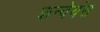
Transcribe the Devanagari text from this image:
कन्वेयंस